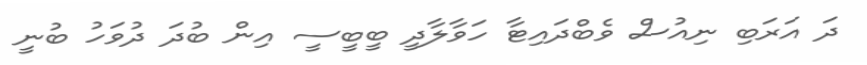
ދަ އަރަބި ނިއުސް ވެބްދައިޓާ ހަވާލާދީ ބީބީސީ އިން ބުދަ ދުވަހު ބުނީ